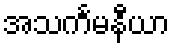
အသင်္ကမနီယာ